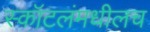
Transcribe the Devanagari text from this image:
स्कॉटलंमधीलच